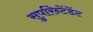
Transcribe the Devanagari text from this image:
सुपरिंन्टेंडेंट